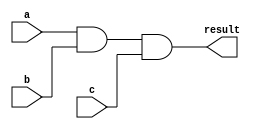
module combinational_logic (
    input wire [3:0] a,       // Example input signal a (4 bits)
    input wire [3:0] b,       // Example input signal b (4 bits)
    input wire [3:0] c,       // Example input signal c (4 bits)
    output reg [3:0] result   // Example output signal result (4 bits)
);

    // Combinational logic block
    always @(*) begin
        // Example logic: result is the bitwise AND of a, b, and c
        result = a & b & c;

        // You can also include other logic combinations as needed
        // For example, result could be the sum of a and b
        // result = a + b;

        // Or any other combinational logic
        // result = (a | b) ^ c; // Example of a different operation
    end

endmodule